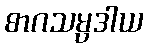
စာဂသမ္ပဒါယ